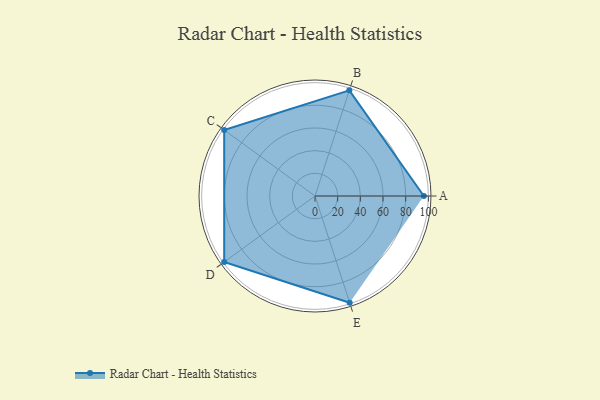
{"axis": {"x": "Skill", "y": "Score"}, "legend": ["Profile"], "data": [{"x": "A", "y": 96.0, "type": "Profile"}, {"x": "B", "y": 98.0, "type": "Profile"}, {"x": "C", "y": 99, "type": "Profile"}, {"x": "D", "y": 99, "type": "Profile"}, {"x": "E", "y": 99, "type": "Profile"}]}